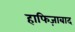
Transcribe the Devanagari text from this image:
हाफिज़ाबाद